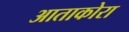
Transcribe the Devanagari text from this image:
आताकोरा